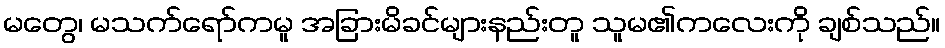
မတွေ၊ မသက်ရော်ကမူ အခြားမိခင်များနည်းတူ သူမ၏ကလေးကို ချစ်သည်။